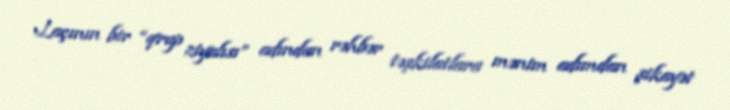
Laçının bir “qrup ziyalısı” adından rəhbər təşkilatlara mənim adımdan şikayət